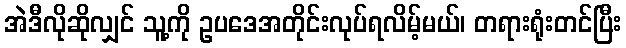
အဲဒီလိုဆိုလျှင် သူ့ကို ဥပဒေအတိုင်းလုပ်ရလိမ့်မယ်၊ တရားရုံးတင်ပြီး